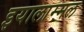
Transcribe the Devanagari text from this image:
इयालाम्मल